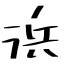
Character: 浜